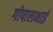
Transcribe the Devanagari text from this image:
गोपालभाई